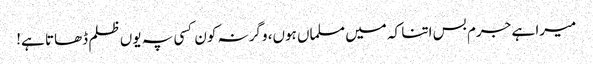
میرا ہے جرم بس اتنا کہ میں مسلماں ہوں، وگرنہ کون کسی پہ یوں ظلم ڈھاتا ہے!